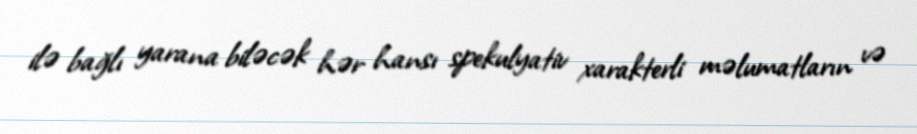
ilə bağlı yarana biləcək hər hansı spekulyativ xarakterli məlumatların və